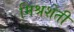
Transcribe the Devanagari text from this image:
मिश्रशेती